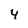
Character: 4